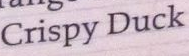
Crispy Duck